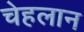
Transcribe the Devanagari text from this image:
चेहलान